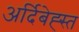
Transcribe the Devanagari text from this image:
अर्दिबेह्स्त